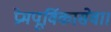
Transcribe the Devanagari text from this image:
प्रेमपूर्विकासेवा।